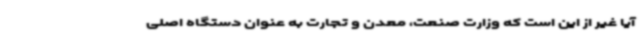
آیا غیر از این است که وزارت صنعت، معدن و تجارت به عنوان دستگاه اصلی